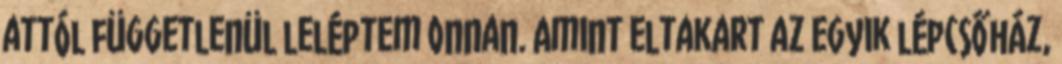
attól függetlenül leléptem onnan. Amint eltakart az egyik lépcsőház,